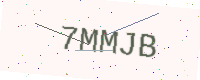
Text: 7MMJB